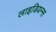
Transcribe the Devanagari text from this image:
लाइडियन्स